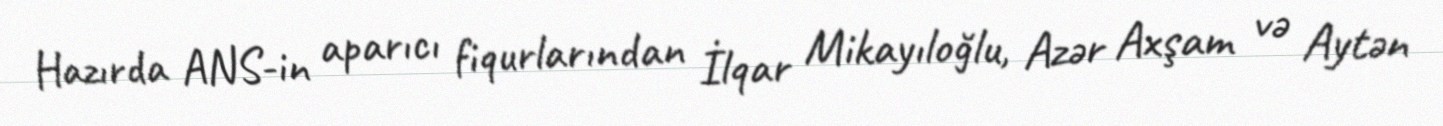
Hazırda ANS-in aparıcı fiqurlarından İlqar Mikayıloğlu, Azər Axşam və Aytən